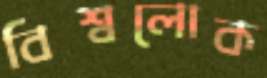
বিশ্বলোক